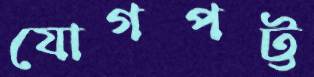
যোগপট্ট